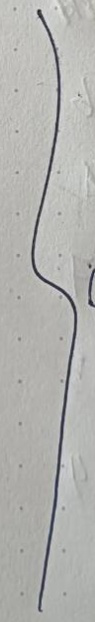
}